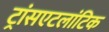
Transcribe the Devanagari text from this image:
ट्रांसएटलांटिक